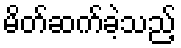
မိတ်ဆက်ခဲ့သည့်